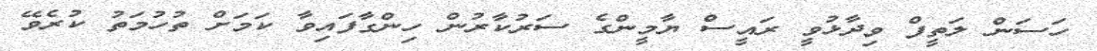
ހަސަން ލަތީފް ވިދާޅުވީ ރައީސް ޔާމީންގެ ސަރުކާރުން ހިންގާފައިވާ ކަމަށް ތުހުމަތު ކުރެވޭ